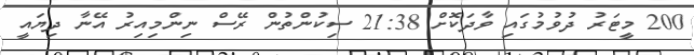
200 މީޓަރު ދުވުމުގައި ވާދަކޮށް 21:38 ސިކުންތުން ރޭސް ނިންމިއިރު އޭނާ ދިޔައީ